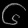
Digit: ၆